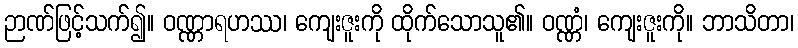
ဉာဏ်ဖြင့်သက်၍။ ဝဏ္ဏာရဟဿ၊ ကျေးဇူးကို ထိုက်သောသူ၏။ ဝဏ္ဏံ၊ ကျေးဇူးကို။ ဘာသိတာ၊